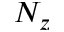
N _ { z }